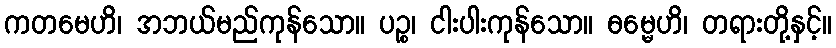
ကတမေဟိ၊ အဘယ်မည်ကုန်သော။ ပဉ္စ၊ ငါးပါးကုန်သော။ ဓမ္မေဟိ၊ တရားတို့နှင့်။